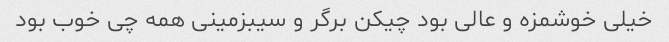
خیلی خوشمزه و عالی بود چیکن برگر و سیبزمینی همه چی خوب بود